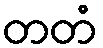
တတံ